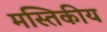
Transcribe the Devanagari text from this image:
मस्तिकीय